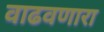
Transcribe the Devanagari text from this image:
वाढवणारा